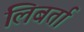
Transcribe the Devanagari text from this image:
लिबर्ता